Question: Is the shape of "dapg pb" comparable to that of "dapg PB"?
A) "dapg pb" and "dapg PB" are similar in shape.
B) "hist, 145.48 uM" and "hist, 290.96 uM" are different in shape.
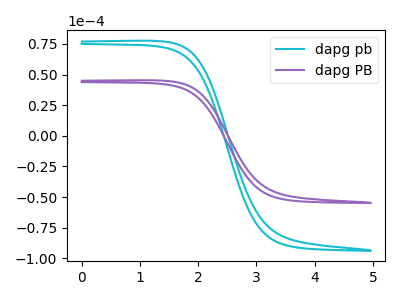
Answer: <think>The cyan curve "dapg pb" has no peaks. The purple curve "dapg PB" has no peaks.
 Neither "dapg pb" or "dapg PB" have any peaks.</think>
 <answer>A) "dapg pb" and "dapg PB" are similar in shape.</answer>
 <eval>A</eval>